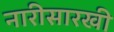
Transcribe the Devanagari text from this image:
नारीसारखी